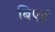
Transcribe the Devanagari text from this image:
बिएहं